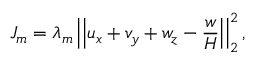
J _ { m } = \lambda _ { m } \left| \left| u _ { x } + v _ { y } + w _ { z } - \frac { w } { H } \right| \right| _ { 2 } ^ { 2 } ,